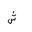
Letter: _shin